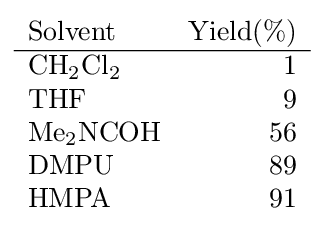
{\begin{array}{lr}{\mathrm {Solvent} }&{\mathrm {Yield} }(\%)\\\hline {\mathrm {CH} {\vphantom {A}}_{\smash[{t}]{2}}\mathrm {Cl} {\vphantom {A}}_{\smash[{t}]{2}}}&1\\{\mathrm {THF} }&9\\{\mathrm {Me} {\vphantom {A}}_{\smash[{t}]{2}}\mathrm {NCOH} }&56\\{\mathrm {DMPU} }&89\\{\mathrm {HMPA} }&91\end{array}}